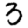
Digit: 3